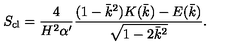
S _ { \mathrm { c l } } = \frac { 4 } { H ^ { 2 } \alpha ^ { \prime } } \frac { ( 1 - \bar { k } ^ { 2 } ) K ( \bar { k } ) - E ( \bar { k } ) } { \sqrt { 1 - 2 \bar { k } ^ { 2 } } } .